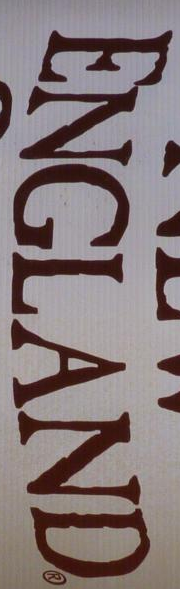
ENGLAND